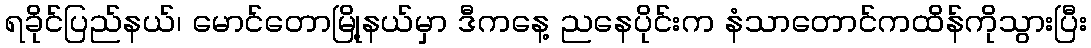
ရခိုင်ပြည်နယ်၊ မောင်တောမြို့နယ်မှာ ဒီကနေ့ ညနေပိုင်းက နံသာတောင်ကထိန်ကိုသွားပြီး